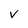
Character: v